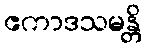
ဧကာဒသမန္တိ